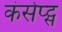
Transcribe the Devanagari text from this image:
कंसेप्ट्स